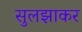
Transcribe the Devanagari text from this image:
सुलझाकर